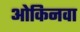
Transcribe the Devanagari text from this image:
ओकिनवा